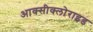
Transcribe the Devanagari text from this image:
आक्‍सीक्‍लोराइड